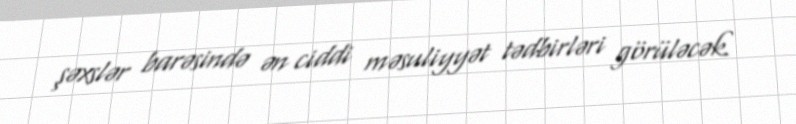
şəxslər barəsində ən ciddi məsuliyyət tədbirləri görüləcək.